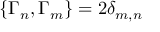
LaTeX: \{ \Gamma _ { n } , \Gamma _ { m } \} = 2 \delta _ { m , n }